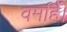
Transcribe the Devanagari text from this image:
वर्माहैं।